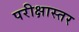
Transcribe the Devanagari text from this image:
परीक्षास्तर